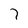
Character: 7